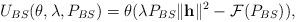
LaTeX: \begin{align*}U_{BS}(\theta, \lambda, P_{BS}) = \theta (\lambda P_{BS} \|\mathbf{h}\|^{2} - \mathcal{F}(P_{BS})),\end{align*}